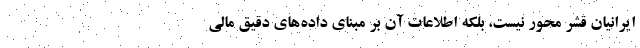
ایرانیان قشر محور نیست، بلکه اطلاعات آن بر مبنای داده‌های دقیق مالی